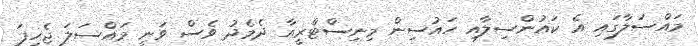
މައްސަލާގައި އެ ކައުންސިލާއި ހައުސިން މިނިސްޓްރީއާ ދެމެދު ވެސް ވަނީ މައްސަލަ ޖެހިފަ